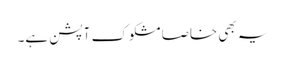
یہ بھی خاصا مشکوک آپشن ہے۔